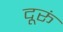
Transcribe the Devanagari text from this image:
दूरूं